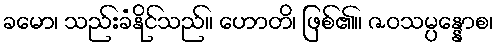
ခမော၊ သည်းခံနိုင်သည်။ ဟောတိ၊ ဖြစ်၏။ ဇဝသမ္ပန္နောစ၊